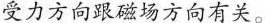
受力方向跟磁场方向有关。